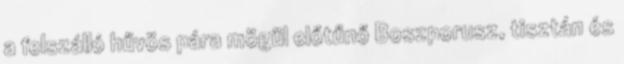
a felszálló hűvös pára mögül előtűnő Boszporusz, tisztán és